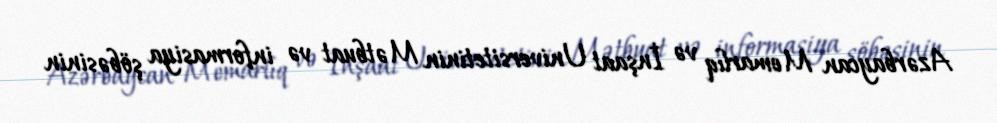
Azərbaycan Memarlıq və İnşaat Universitetinin Mətbuat və informasiya şöbəsinin